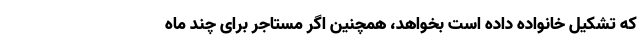
که تشکیل خانواده داده است بخواهد، همچنین اگر مستاجر برای چند ماه